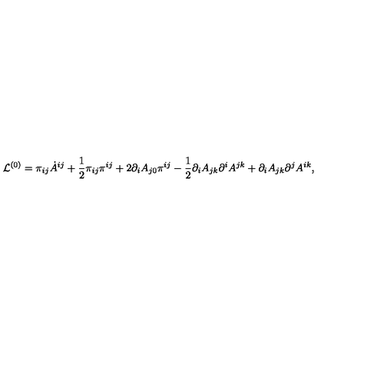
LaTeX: { \cal L } ^ { ( 0 ) } = \pi _ { i j } \dot { A } ^ { i j } + { \frac { 1 } { 2 } } \pi _ { i j } \pi ^ { i j } + 2 \partial _ { i } A _ { j 0 } \pi ^ { i j } - { \frac { 1 } { 2 } } \partial _ { i } A _ { j k } \partial ^ { i } A ^ { j k } + \partial _ { i } A _ { j k } \partial ^ { j } A ^ { i k } ,